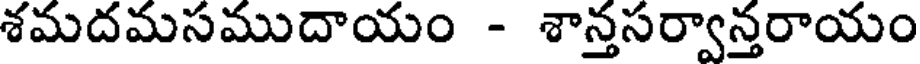
శమదమసముదాయం - శాన్తసర్వాన్తరాయం